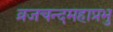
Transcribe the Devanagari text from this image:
व्रजचन्दमहाप्रभु